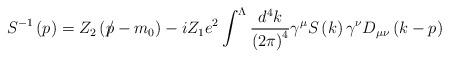
LaTeX: \begin{align*}S^{-1}\left(p\right) =Z_{2}\left( p\hspace{-0.2cm}/ -m_{0}\right)-iZ_{1}e^{2}\int^{\Lambda }\frac{d^{4}k}{\left( 2\pi \right) ^{4}}\gamma ^{\mu}S\left( k\right) \gamma ^{\nu }D_{\mu \nu }\left( k-p\right)\end{align*}